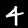
Label: 4